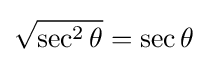
{\sqrt {\sec ^{2}\theta }}=\sec \theta